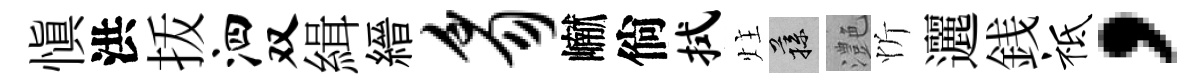
慎洪㧞泗双緝縉豸𪩘倘拭炷蓀灔忻邐銭祗，